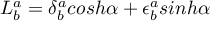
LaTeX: L _ { b } ^ { a } = \delta _ { b } ^ { a } c o s h \alpha + \epsilon _ { b } ^ { a } s i n h \alpha